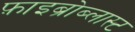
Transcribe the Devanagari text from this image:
फ़ाइब्रोब्लास्ट